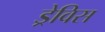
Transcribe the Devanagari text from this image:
ड्रेविस